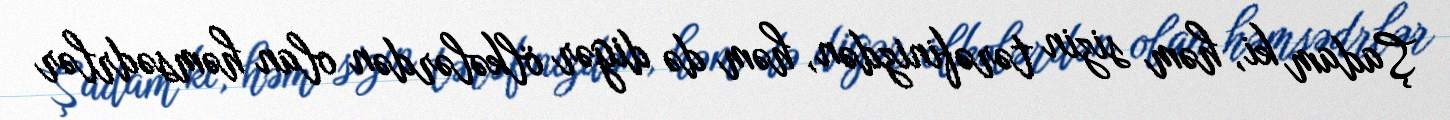
Şadam ki, həm sizin tərəfinizdən, həm də digər ölkələrdən olan həmsədrlər